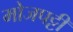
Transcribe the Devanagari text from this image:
मोजपट्टी